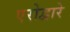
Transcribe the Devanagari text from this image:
एरोद्वारे